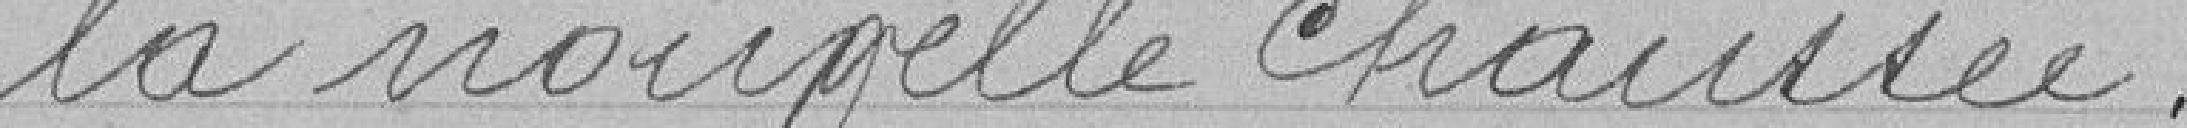
la nouvelle chaussée .